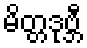
မိတ္တဒုဗ္ဘီ